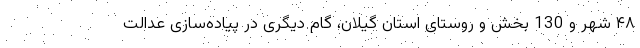
۴٨ شهر و 130 بخش و روستای استان گیلان، گام دیگری در پیاده‌سازی عدالت